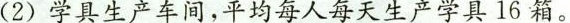
(2)学具生产车间，平均每人每天生产学具16箱。